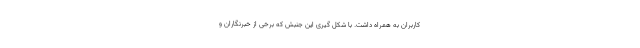
کاربران به همراه داشت. با شکل گیری این جنبش که برخی از خبرنگاران و